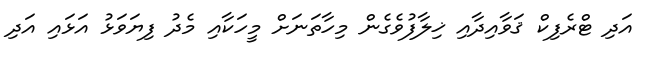
އަދި ޓްރެފިކް ޤަވާއިދާއި ޚިލާފުވެގެން މިހާތަނަށް މީހަކާއި މެދު ފިޔަވަޅު އަޅައި އަދި